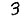
Digit: 3